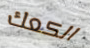
الكعك